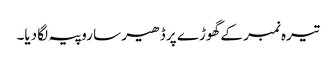
تیرہ نمبر کے گھوڑے پر ڈھیر سا روپیہ لگا دیا۔